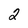
Character: 2